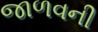
જાળવની